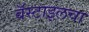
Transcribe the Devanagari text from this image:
बॅस्टाइलचा